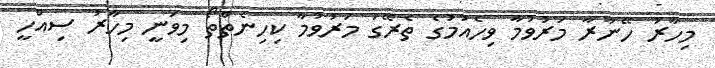
މިހާރު ހޭނާރާ މަރުވުމާ ވިހެއުމުގެ ތެރޭގަ މަރުވުމާ ކިހިނެތްތޯ މިވަނީ މިހާރު ސިއްހީ